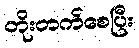
တိုးတက်စေပြီး